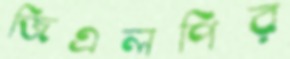
জিএলপির